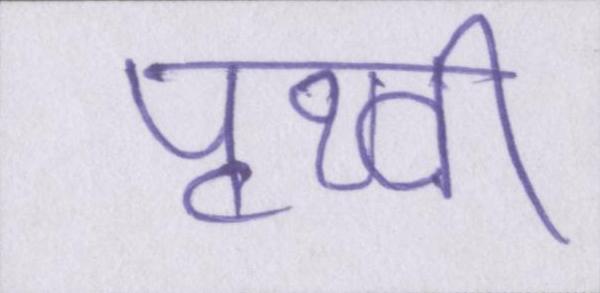
पृथ्वी